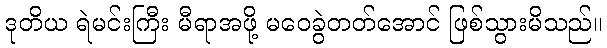
ဒုတိယ ရဲမင်းကြီး မီရာအဖို့ မဝေခွဲတတ်အောင် ဖြစ်သွားမိသည်။